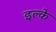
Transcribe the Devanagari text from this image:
इल्के